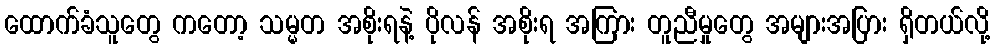
ထောက်ခံသူတွေ ကတော့ သမ္မတ အစိုးရနဲ့ ပိုလန် အစိုးရ အကြား တူညီမှုတွေ အများအပြား ရှိတယ်လို့